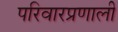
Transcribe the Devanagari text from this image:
परिवारप्रणाली